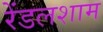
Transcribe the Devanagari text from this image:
रेंडलशाम